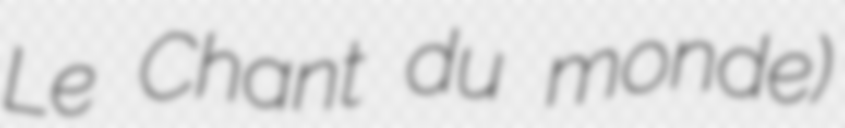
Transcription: Le Chant du monde)